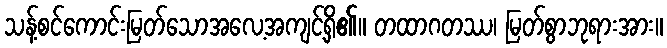
သန့်စင်ကောင်းမြတ်သောအလေ့အကျင့်ရှိ၏။ တထာဂတဿ၊ မြတ်စွာဘုရားအား။